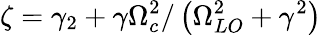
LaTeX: \zeta=\gamma_{2}+\gamma\Omega_{c}^{2}/\left(\Omega_{LO}^{2}+\gamma^{2}\right)